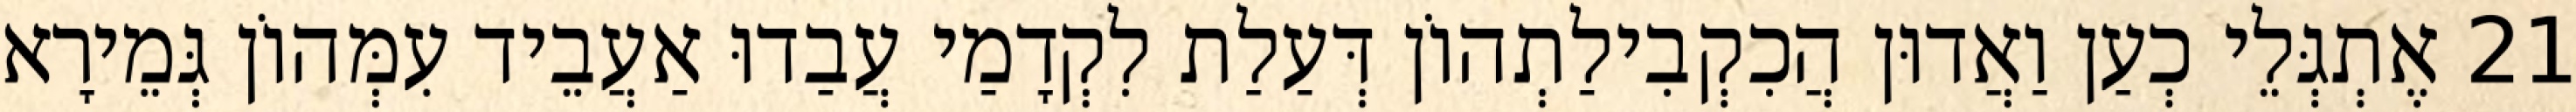
21 אֶתְגְּלֵי כְעַן וַאֲדוּן הֲכִקְבִילַתְהוֹן דְּעַלַת לִקְדָמַי עֲבַדוּ אַעֲבֵיד עִמְּהוֹן גְּמֵירָא